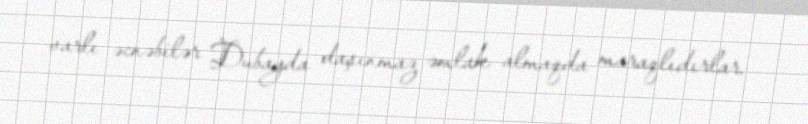
varlı əcnəbilər Dubayda daşınmaz əmlak almaqda maraqlıdırlar.